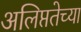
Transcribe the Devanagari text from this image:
अलिप्ततेच्या